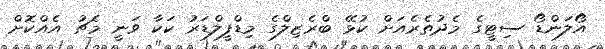
އޯލަންޑޯ ސިޓީގެ މެދުތެރެއަށް ކުޅޭ ބްރެޒިލްގެ މިޑްފީލްޑަރު ކަކާ ވަނީ މެޗު އެއްކޮށް